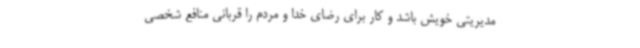
مدیریتی خویش باشد و کار برای رضای خدا و مردم را قربانی منافع شخصی